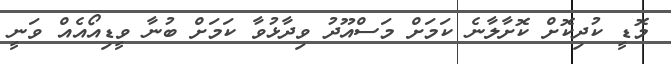
މޮޑީ ކުދިކޮށް ކޮށާލާނެ ކަމަށް މަސްއޫދު ވިދާޅުވާ ކަމަށް ބުނާ ވީޑިއޯއެއް ވަނީ